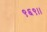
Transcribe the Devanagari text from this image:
९६९।।